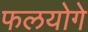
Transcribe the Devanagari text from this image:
फलयोगे